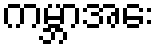
ကမ္ဘာအေး